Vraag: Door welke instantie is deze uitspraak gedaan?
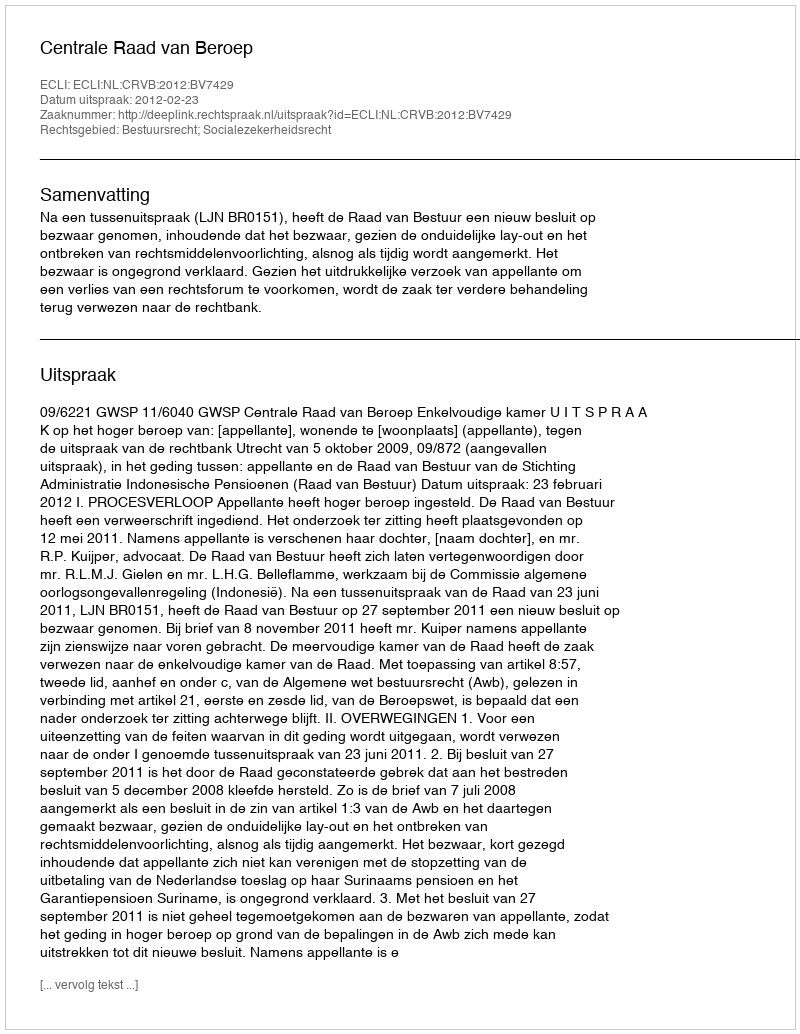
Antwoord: Centrale Raad van Beroep